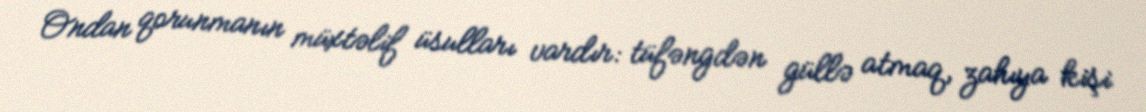
Ondan qorunmanın müxtəlif üsulları vardır: tüfəngdən güllə atmaq, zahıya kişi